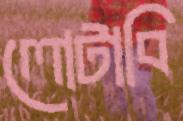
লোটাবি